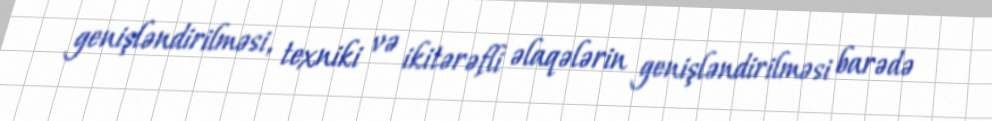
genişləndirilməsi, texniki və ikitərəfli əlaqələrin genişləndirilməsi barədə